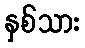
နှစ်သား